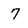
Character: 7